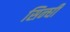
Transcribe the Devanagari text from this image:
सिन्घी